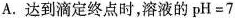
A.达到滴定终点时，溶液的$$pH=7$$